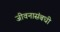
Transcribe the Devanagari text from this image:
जीवनासंबधी